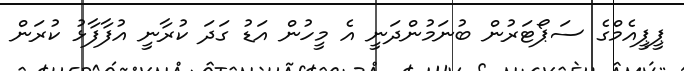
ޕީޕީއެމްގެ ސަޕޯޓަރުން ބުނަމުންދަނީ އެ މީހުން އަޑު ގަދަ ކުރާނީ އުފާފާޅު ކުރަން